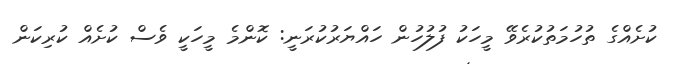
ކުށެއްގެ ތުހުމަތުކުރެވޭ މީހަކު ފުލުހުން ހައްޔަރުކުރަނީ: ކޮންމެ މީހަކީ ވެސް ކުށެއް ކުރިކަން